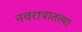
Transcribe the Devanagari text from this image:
नवरात्रातल्या